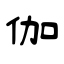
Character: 伽